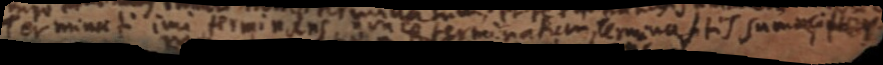
Terminat imi terminans _ terminatum terminas tis summi _